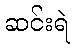
ဆင်းရဲ